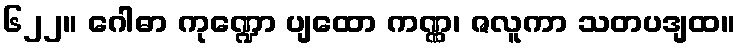
၆၂၂။ ဂေါဓာ ကုဏ္ဍော ပျထော ကဏ္ဏ၊ ဇလူကာ သတပဒျထ။